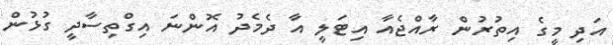
އަދި މީގެ އިތުރުން ރާއްޖެއާ އިޓަލީ އާ ދެމެދު އޮންނަ އިގްތިސާދީ ގުޅުން